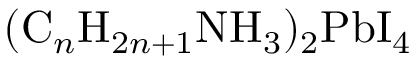
( \mathrm { C } _ { n } \mathrm { H } _ { 2 n + 1 } \mathrm { N H } _ { 3 } ) _ { 2 } \mathrm { P b I } _ { 4 }